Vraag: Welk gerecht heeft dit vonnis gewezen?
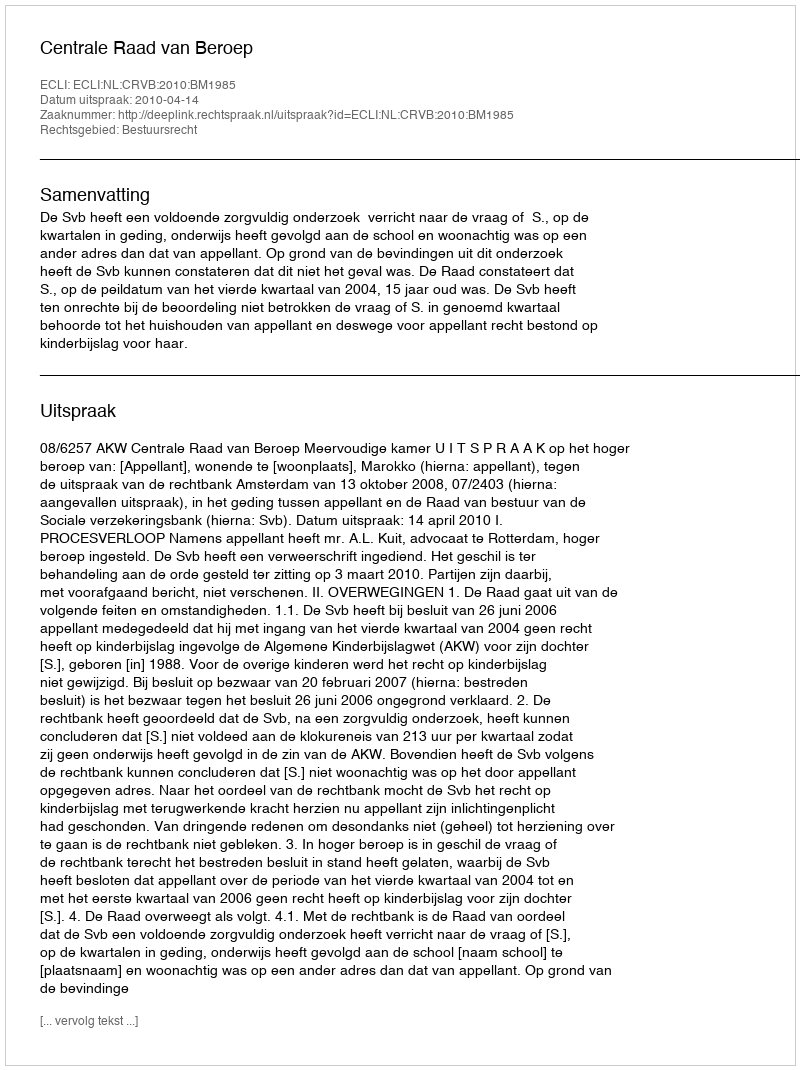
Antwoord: Centrale Raad van Beroep